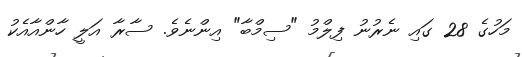
މަހުގެ 28 ގައި ނެރުނު ފިލްމު "ސިމްބާ" އިންނެވެ. ސާރާ އަލީ ހާންއާއެކު